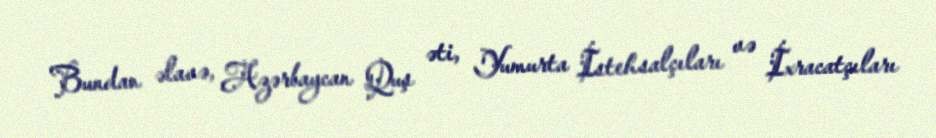
Bundan əlavə, Azərbaycan Quş əti, Yumurta İstehsalçıları və İxracatçıları